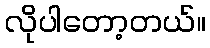
လိုပါတော့တယ်။